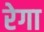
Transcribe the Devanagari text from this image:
रेगा